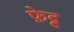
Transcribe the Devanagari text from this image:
फ़ेट्ट